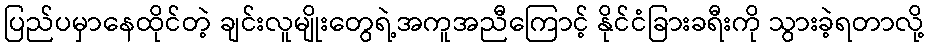
ပြည်ပမှာနေထိုင်တဲ့ ချင်းလူမျိုးတွေရဲ့အကူအညီကြောင့် နိုင်ငံခြားခရီးကို သွားခဲ့ရတာလို့